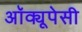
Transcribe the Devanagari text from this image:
अॉक्यूपेसी